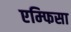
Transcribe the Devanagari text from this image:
एम्फिसा